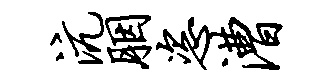
沆胭恣漕